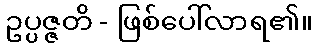
ဥပ္ပဇ္ဇတိ - ဖြစ်ပေါ်လာရ၏။